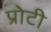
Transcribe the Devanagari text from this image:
प्रोटी